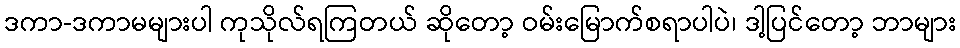
ဒကာ-ဒကာမများပါ ကုသိုလ်ရကြတယ် ဆိုတော့ ဝမ်းမြောက်စရာပါပဲ၊ ဒါ့ပြင်တော့ ဘာများ